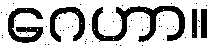
ဂေဟာ။